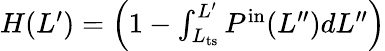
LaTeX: \begin{array}{r}{H(L^{\prime})=\left(1-\int_{L_{\mathrm{ts}}}^{L^{\prime}}P^{\mathrm{in}}(L^{\prime\prime})dL^{\prime\prime}\right)}\end{array}